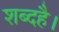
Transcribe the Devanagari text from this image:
शब्दहै।